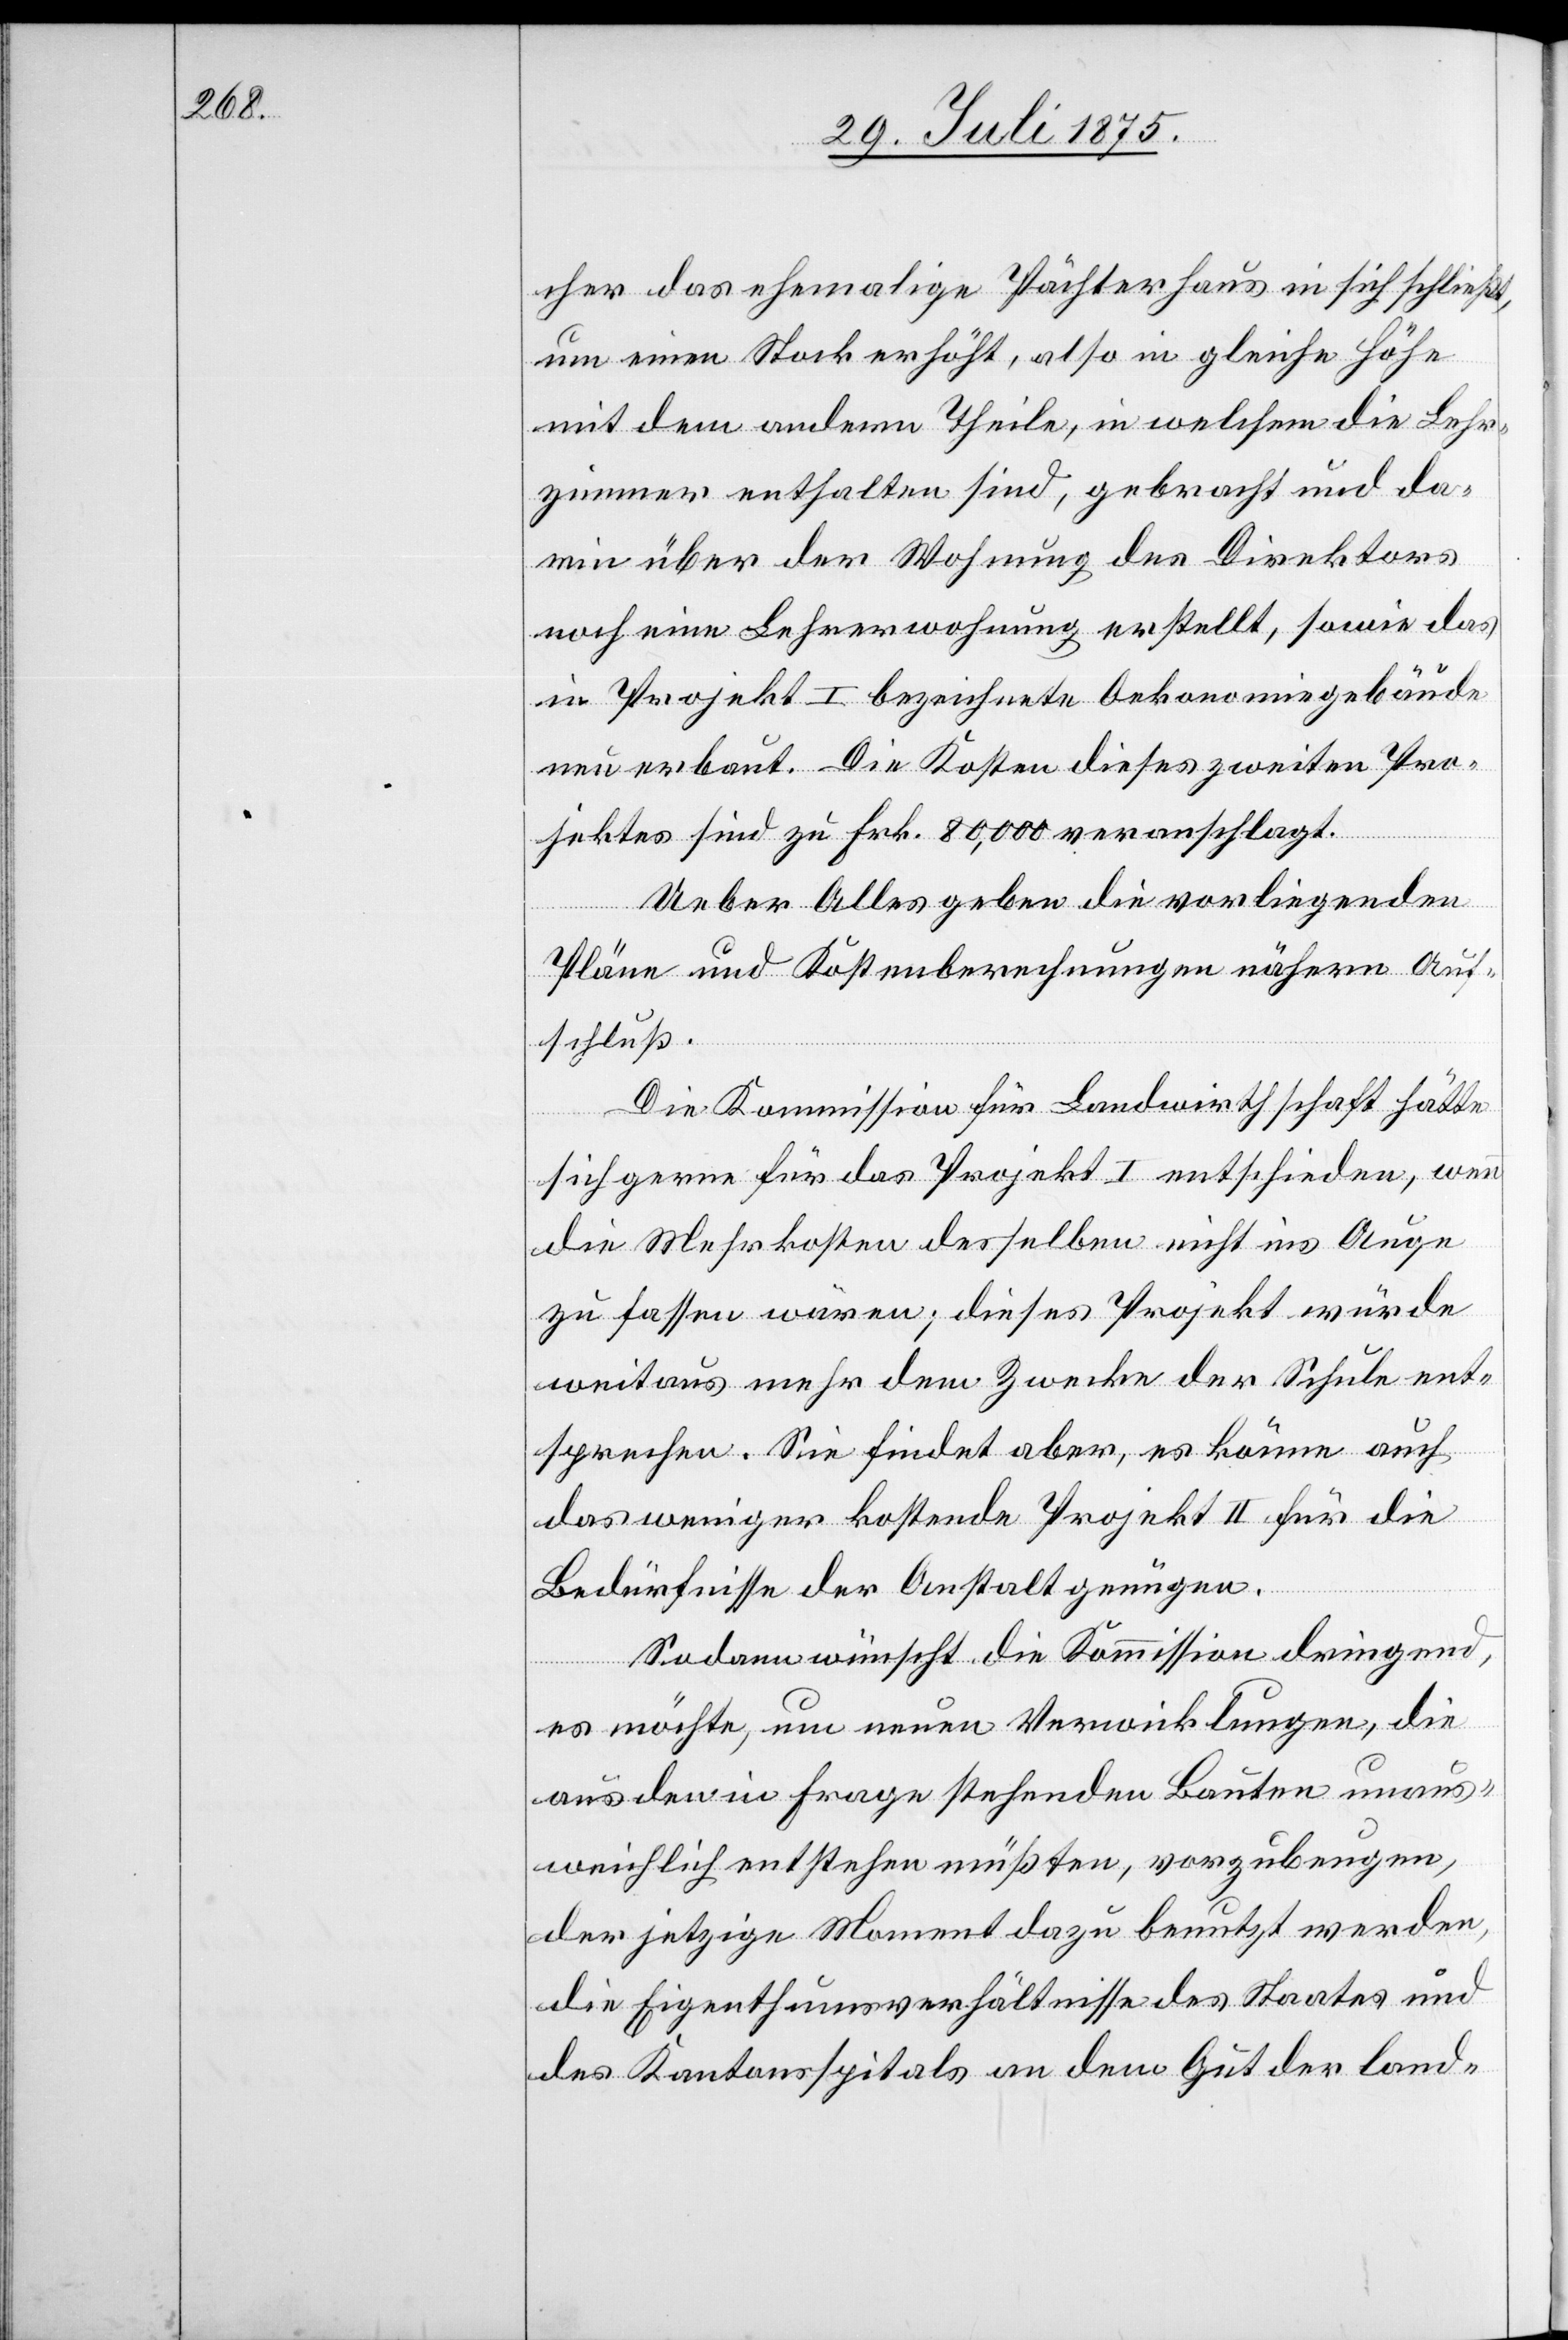
cher das ehemalige Pächterhaus in sich schließt,
um einen Stock erhöht, also in gleiche Höhe
mit dem andern Theile, in welchem die Lehr¬
zimmer enthalten sind, gebracht und da¬
rin über der Wohnung des Direktors
noch eine Lehrerwohnung erstellt, sowie das
in Projekt I bezeichnete Oekonomiegebäude
neu erbaut. Die Kosten dieses zweiten Pro¬
jektes sind zu Frk. 80,000 veranschlagt.
Ueber Alles geben die vorliegenden
Pläne und Kostenberechnungen nähern Auf¬
schluß.
Die Kommission für Landwirthschaft hätte
sich gerne für das Projekt I entschieden, wenn
die Mehrkosten desselben nicht ins Auge
zu fassen wären, dieses Projekt würde
weitaus mehr dem Zwecke der Schule ent¬
sprechen. Sie findet aber, es könne auch
das weniger kostende Projekt II für die
Bedürfnisse der Anstalt genügen.
Sodann wünscht die Kommission dringen,
es möchte, um neuen Verwicklungen, die
aus den in Frage stehenden Bauten unaus¬
weislich entstehen müßten, vorzubringen,
der jetzige Moment dazu benutzt werden,
die Eigenthumsverhältnisse des Staates und
des Kantonsspitals an dem Gut der land-